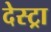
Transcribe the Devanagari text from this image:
देस्ट्रा